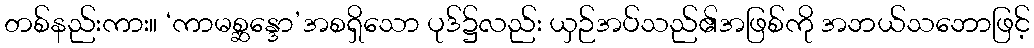
တစ်နည်းကား။ ‘ကာမစ္ဆန္ဒော’အစရှိသော ပုဒ်၌လည်း ယှဉ်အပ်သည်၏အဖြစ်ကို အဘယ်သဘောဖြင့်